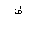
Letter: _dad